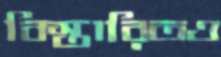
বিস্তারিতও